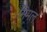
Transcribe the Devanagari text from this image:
निमल